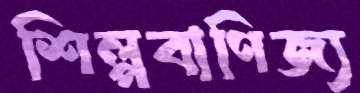
শিল্পবাণিজ্য